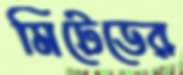
মিটেডের